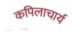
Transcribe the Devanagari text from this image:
कपिलाचार्य